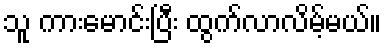
သူ ကားမောင်းပြီး ထွက်လာလိမ့်မယ်။